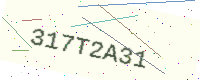
Text: 317T2A31